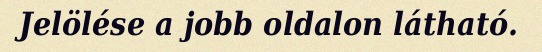
Jelölése a jobb oldalon látható.